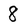
Character: 8